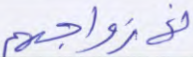
لأزواجهم